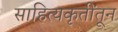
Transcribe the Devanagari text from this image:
साहित्यकृतींतून